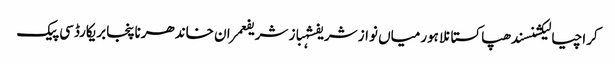
کراچیالیکشنسندھپاکستانلاہورمیاں نواز شریفشہباز شریفعمران خاندھرناپنجابریکارڈسی پیک